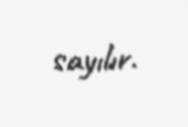
sayılır.